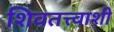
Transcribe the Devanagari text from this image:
शिवतत्त्वाशी